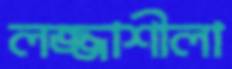
লজ্জাশীলা